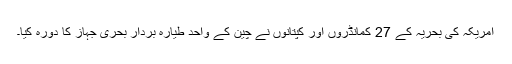
امریکہ کی بحریہ کے 27 کمانڈروں اور کپتانوں نے چین کے واحد طیارہ بردار بحری جہاز کا دورہ کیا۔